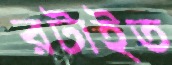
রটাইত